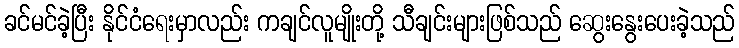
ခင်မင်ခဲ့ပြီး နိုင်ငံရေးမှာလည်း ကချင်လူမျိုးတို့ သီချင်းများဖြစ်သည် ဆွေးနွေးပေးခဲ့သည်